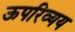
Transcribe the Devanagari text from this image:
ऊपरिव्यय